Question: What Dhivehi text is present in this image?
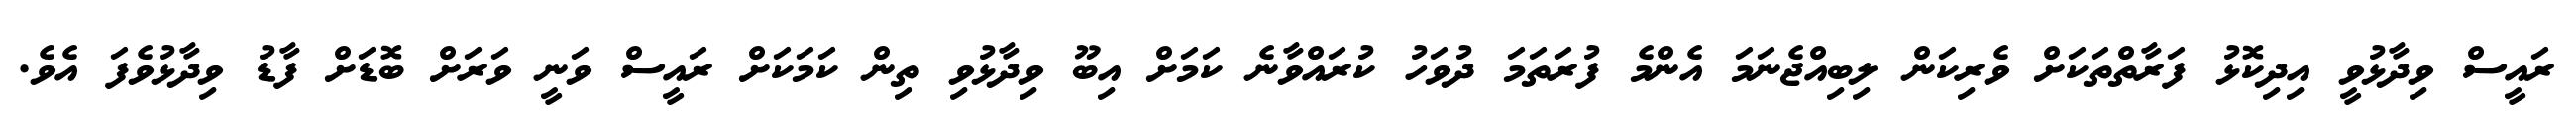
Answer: ރައީސް ވިދާޅުވީ އިދިކޮޅު ފަރާތްތަކަށް ވެރިކަން ލިބިއްޖެނަމަ އެންމެ ފުރަތަމަ ދުވަހު ކުރައްވާނެ ކަމަށް އިބޫ ވިދާޅުވި ތިން ކަމަކަށް ރައީސް ވަނީ ވަރަށް ބޮޑަށް ފާޑު ވިދާޅުވެފަ އެވެ.